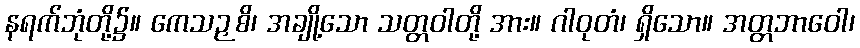
နရက်ဘုံတို့၌။ ကေသဉှစိ၊ အချို့သော သတ္တဝါတို့ အား။ ဂါဝုတံ၊ ရှိသော။ အတ္တဘာဝေါ၊